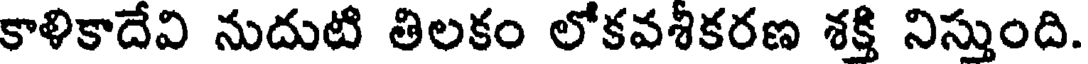
కాళికాదేవి నుదుటి తిలకం లోకవశీకరణ శక్తి నిస్తుంది.